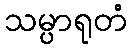
သမ္ပာရုတံ